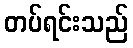
တပ်ရင်းသည်